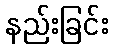
နည်းခြင်း